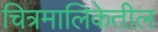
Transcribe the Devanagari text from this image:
चित्रमालिकेतील